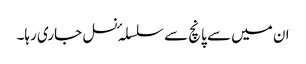
ان میں سے پانچ سے سلسلہٴ نسل جاری رہا۔